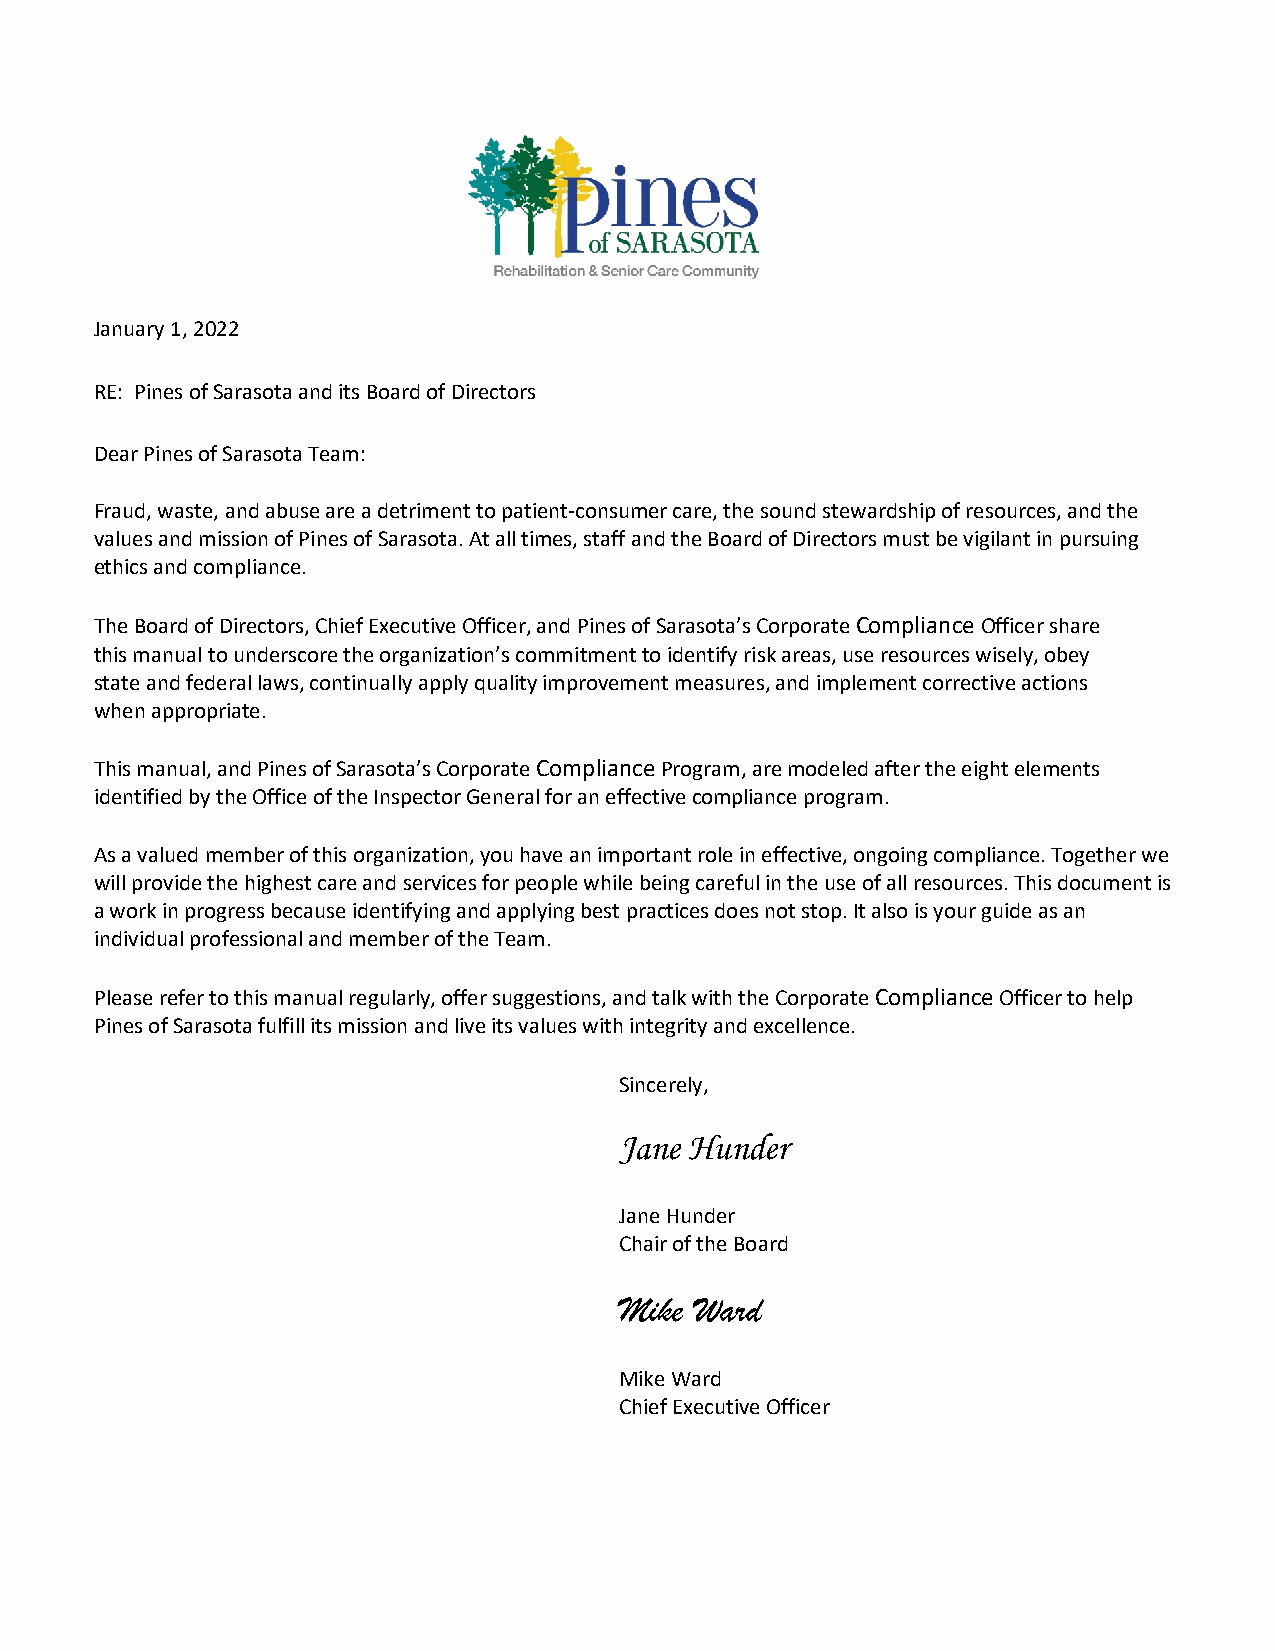
January 1, 2022
 RE: Pines of Sarasota and its Board of Directors
 Dear Pines of Sarasota Team:
 Fraud, waste, and abuse are a detriment to patient-consumer care, the sound stewardship of resources, and the
 values and mission of Pines of Sarasota. At all times, staff and the Board of Directors must be vigilant in pursuing
 ethics and compliance.
 The Board of Directors, Chief Executive Officer, and Pines of Sarasota’s Corporate Compliance Officer share
 this manual to underscore the organization’s commitment to identify risk areas, use resources wisely, obey
 state and federal laws, continually apply quality improvement measures, and implement corrective actions
 when appropriate.
 This manual, and Pines of Sarasota’s Corporate Compliance Program, are modeled after the eight elements
 identified by the Office of the Inspector General for an effective compliance program.
 As a valued member of this organization, you have an important role in effective, ongoing compliance. Together we
 will provide the highest care and services for people while being careful in the use of all resources. This document is
 a work in progress because identifying and applying best practices does not stop. It also is your guide as an
 individual professional and member of the Team.
 Please refer to this manual regularly, offer suggestions, and talk with the Corporate Compliance Officer to help
 Pines of Sarasota fulfill its mission and live its values with integrity and excellence.
 Sincerely,
 Jane Hunder
 Jane Hunder
 Chair of the Board
 Mike Ward
 Mike Ward
 Chief Executive Officer